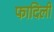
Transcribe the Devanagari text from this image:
फादिली